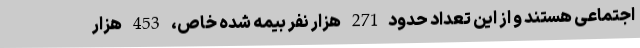
اجتماعی هستند و از این‌ تعداد حدود271 هزار نفر بیمه شده خاص، 453 هزار